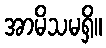
အာမိသမရှိ။